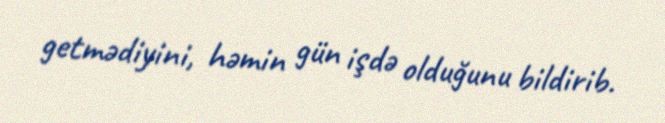
getmədiyini, həmin gün işdə olduğunu bildirib.